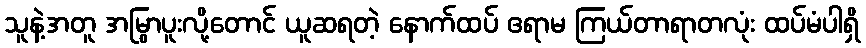
သူနဲ့အတူ အမြွာပူးလို့တောင် ယူဆရတဲ့ နောက်ထပ် ဧရာမ ကြယ်တာရာတလုံး ထပ်မံပါရှိ